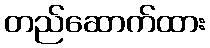
တည်ဆောက်ထား